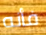
فأنه